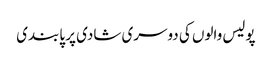
پولیس والوں کی دوسری شادی پر پابندی